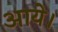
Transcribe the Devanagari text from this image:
अाये।